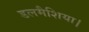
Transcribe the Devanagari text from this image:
डलमैशिया।